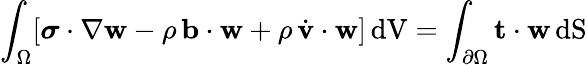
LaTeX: \int_{\Omega}[{\boldsymbol{\sigma}}\cdot\nabla{\mathbf{w}}-\rho\, \mathbf{b}\cdot\mathbf{w}+\rho\, {\dot{\mathbf{v}}}\cdot\mathbf{w}]\, {\mathrm{dV}}=\int_{\partial\Omega}\mathbf{t}\cdot\mathbf{w}\, {\mathrm{dS}}